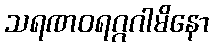
သရဏဝရဂ္ဂဂါမိနော